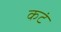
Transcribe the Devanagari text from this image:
कटं